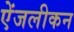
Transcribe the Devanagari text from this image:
ऐंजलीकन